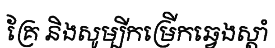
គ្រែ និងសូម្បីកម្រើកឆ្វេងស្តាំ